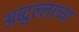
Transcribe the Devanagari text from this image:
अब्दुल्लाच्या